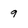
Character: 9